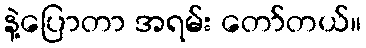
နဲ့ပြောတာ အရမ်း တော်တယ်။